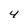
Character: 4